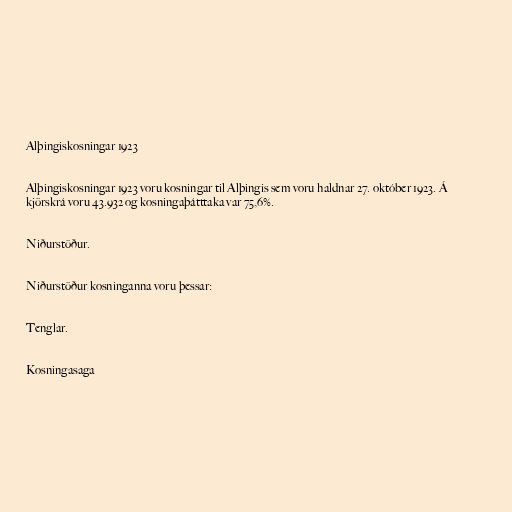
Alþingiskosningar 1923

Alþingiskosningar 1923 voru kosningar til Alþingis sem voru haldnar 27. október 1923. Á
kjörskrá voru 43.932 og kosningaþátttaka var 75,6%.

Niðurstöður.

Niðurstöður kosninganna voru þessar:

Tenglar.

Kosningasaga